Medical and sanitary report of the native army of Madras for the year
Year: 1872
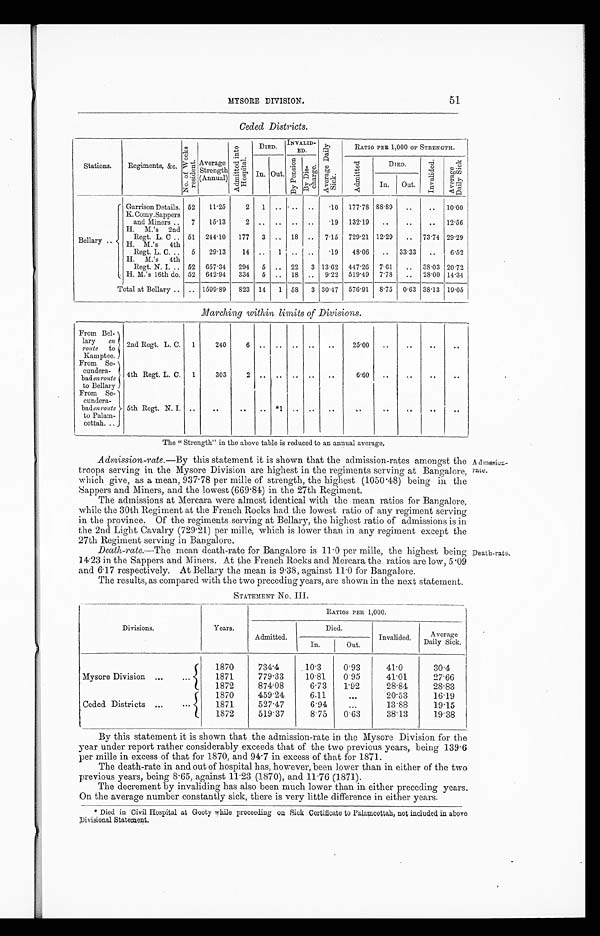
MYSORE DIVISION.
51
Ceded Districts.
Stations.
Regiments, &c.
N o . o f W e e k s r e s i d e n t
Average
Strength
(Annual)
A d m i t t e d i n t o H o s p i t a l .
DIED. INVALID
ED.
Ave r a ge Da i l y Si c k.
RATIO PER 1,000 OF STRENGTH.
In. Out.
B y P e n s i o n
B y D i s c h a r g e .
A d m i t t e d
DIED.
I n v a l i d e d .
A v e r a g e D a i l y S i c k
In.
Out.
Bellary ..
Garrison Details. 52
11.25
2
1
. .
. . ..
. 1 0 177.78 88.89
. . .. 10.00
K.Comy.Sappers
and Miners .. 7
15.13
2
. . ..
..
..
.19 132.19
..
..
.. 12.56
H. M.'s
2nd
Regt. L. C .. 51 244.10
177
3
..
18 .. 7.15 729.21 12.29
.. 73.74 29.29
H. M.'s
4th
Regt. L. C. ..
5
29 . 13
14 ..
1
..
..
. 1 9
48.06
.. 33 . 33
..
6.52
H.
M.'s
4th
Regt. N. I. .. 52 657 . 34
294
5 .. 22
3 13 . 62 447 . 26 7.61
.. 38.03 20.72
H. M.'s 16th do. 52 642.94
334
5
. . 18 .. 9 . 22 519.49 7.78
.. 28.00 14.34
Total at Bellary .. .. 1599.89
823 14
1 58
3 30.47 576.91 8.75 0.63 38.13 19.05
Marching within limits of Divisions.
From Bel-
lary en r o u t e
t o
Kamptee.
2nd Regt. L. C. 1
240
6 ..
.. ..
. .
25.00
..
. .
..
..
From Se
cundera
bad
e n r o u t e
t o
B e l l a r y
4th Regt. L. C. 1
303
2
. .
..
. .
. .
. . 6.60
..
..
..
..
From Se
cundera
bad en route
to Palam-
cottah...
5th Regt. N.I. . .
..
. . . .
*1
. .
. .
. .
. .
. .
. .
. .
..
The "Strength" in the above table is reduced to an annual average.
Admission-rate .—By this statement it is shown that the admission-rates amongst the
troops serving in the Mysore Division are highest in the regiments serving at Bangalore,
which give, as a mean, 937.78 per milk of strength, the highest (1050.48) being in the
Sappers and Miners, and the lowest (669.84) in the 27th Regiment.
The admissions at Mercara were almost identical with the mean ratios for Bangalore,
while the 30th Regiment at the French Rocks had the lowest ratio of any regiment serving
in the province. Of the regiments serving at Bellary, the highest ratio of admissions is in
the 2nd Light Cavalry (729.21) per mille, which is lower than in any regiment except the
27th Regiment serving in Bangalore.
Death-rate.—The mean death-rate for Bangalore is 11.0 per mille, the highest being
14.23 in the Sappers and Miners. At the French Rocks and Mercara the ratios are low, 5.09
and 6.17 respectively. At Bellary the mean is 9.38, against 11.0 for Bangalore.
The results, as compared with the two preceding years, are shown in the next statement.
STATEMENT NO. III.
Divisions.
Years.
Admitted.
RATIONS PER 1,000.
Died.
Invalided.
Averag
e D a i l y s i c k .
In.
Out.
Mysore Division ...
...
1870
734.4
10.3
0.93
41.0
30.4
1871
779.33
10.81
0.95
41.01
27.66
1872
874.08
6.73
1.92
28.84
28.83
Ceded Districts ...
...
1870
459.24
6.11
. . .
20.53
16.19
1871
527.47
6.94
...
13.88
19.15
1872
519.37
8.75
0.63
38.13
19.38
By this statement it is shown that the admission-rate in the Mysore Division for the
year under report rather considerably exceeds that of the two previous years, being 139.6
per mille in excess of that for 1870, and 94.7 in excess of that for 1871.
The death-rate in and out of hospital has, however, been lower than in either of the two
previous years, being 8.65, against 11.23 (1870), and 11.76 (1871).
The decrement by invaliding has also been much lower than in either preceding years.
On the average number constantly sick, there is very little difference in either years.
* Died in Civil Hospital at Gooty while proceeding on Sick Certificate to Palamcottah, not included in above
Divisional Statement.
Adm ssion-
rate.
Death-rate.